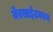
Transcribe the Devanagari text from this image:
वेबसाईटवरुन